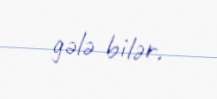
gələ bilər.